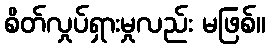
စိတ်လှုပ်ရှားမှုလည်း မဖြစ်။